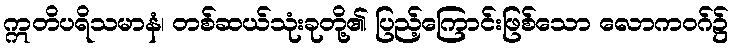
ဣတိပရိသမာနံ၊ တစ်ဆယ်သုံးခုတို့၏ ပြည့်ကြောင်းဖြစ်သော လောကဝဂ်၌